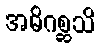
အဓိဂစ္ဆသိ